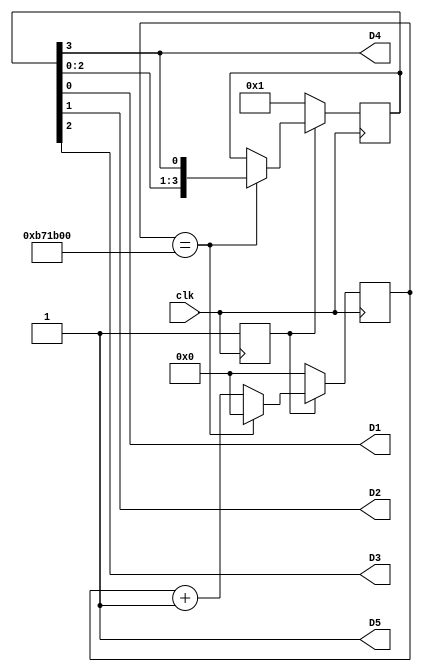
module top(input clk, output D1, output D2, output D3, output D4, output D5);
   
   reg ready = 0;
   reg [23:0]     divider;
   reg [3:0]      rot;
   
   always @(posedge clk) begin
      if (ready) 
        begin
           if (divider == 12000000) 
             begin
                divider <= 0;
                rot <= {rot[2:0], rot[3]};
             end
           else 
             divider <= divider + 1;
        end
      else 
        begin
           ready <= 1;
           rot <= 4'b0001;
           divider <= 0;
        end
   end
   
   assign D1 = rot[0];
   assign D2 = rot[1];
   assign D3 = rot[2];
   assign D4 = rot[3];
   assign D5 = 1;
endmodule